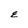
Character: E